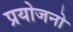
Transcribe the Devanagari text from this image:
प्रयोजनो